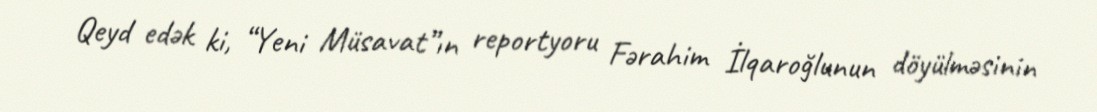
Qeyd edək ki, “Yeni Müsavat”ın reportyoru Fərahim İlqaroğlunun döyülməsinin